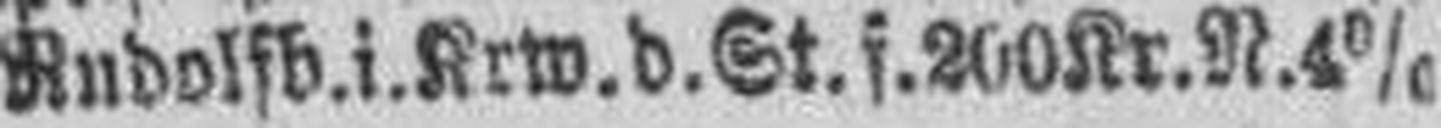
Rudolfb. i. Krw. d. St. f. 200 Kr. N. 4%